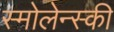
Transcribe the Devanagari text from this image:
स्मोलेन्स्की